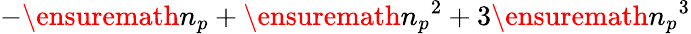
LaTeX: -\ensuremath{n_{p}}+\ensuremath{n_{p}}^{2}+3\ensuremath{n_{p}}^{3}